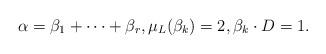
LaTeX: \begin{align*} \alpha = \beta_1+\dots+\beta_r,\mu_L(\beta_k)=2,\beta_k\cdot D =1.\end{align*}